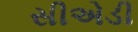
સીએડી